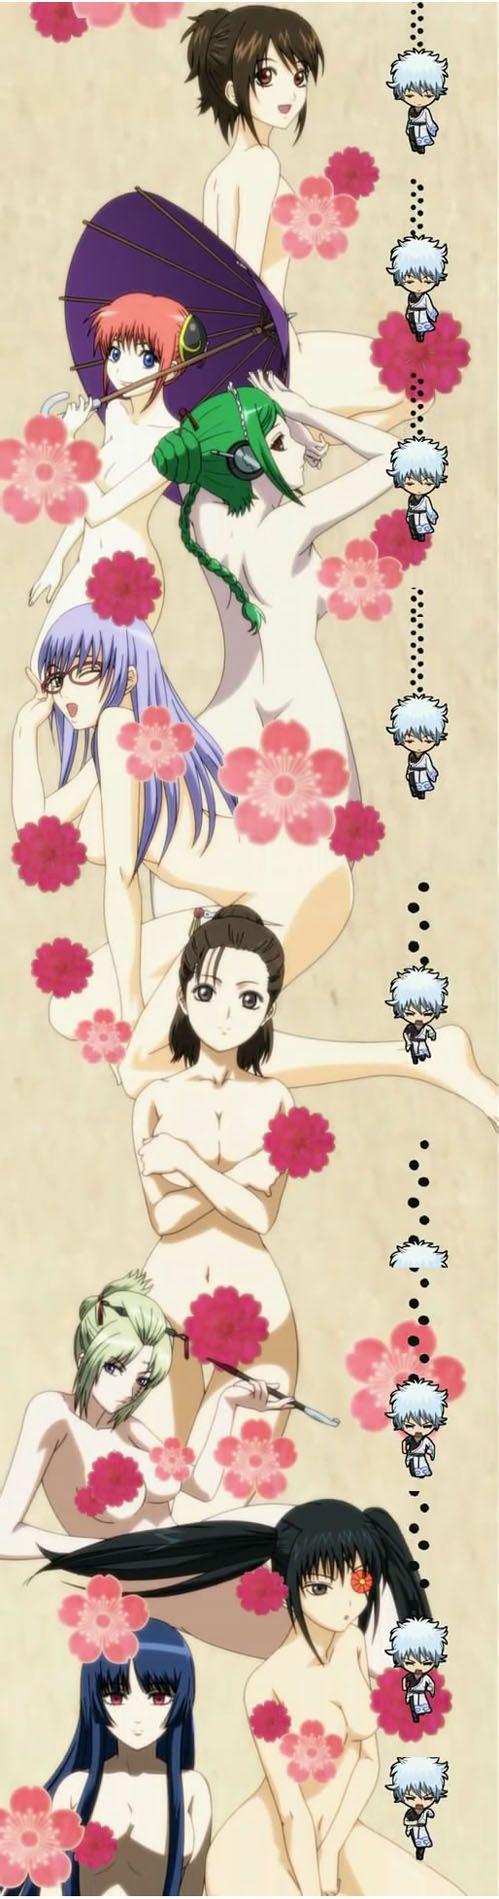
龟言此地之寒，鹤讶今年之雪。